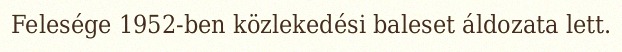
Felesége 1952-ben közlekedési baleset áldozata lett.